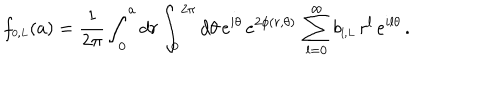
f _ { \scriptscriptstyle { 0 , L } } ( a ) = \frac { 1 } { 2 \pi } \int _ { 0 } ^ { a } d r \int _ { 0 } ^ { 2 \pi } d \theta \, e ^ { i \theta } \, e ^ { 2 \phi ( r , \theta ) } \, \sum _ { l = 0 } ^ { \infty } b _ { \scriptscriptstyle { l , L } } \, r ^ { l } \, e ^ { i l \theta } \, .